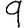
Digit: 9